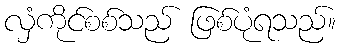
လှံကိုင်စစ်သည် ဖြစ်ပုံရသည်။